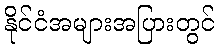
နိုင်ငံအများအပြားတွင်